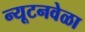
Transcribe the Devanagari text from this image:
न्यूटनवेळा